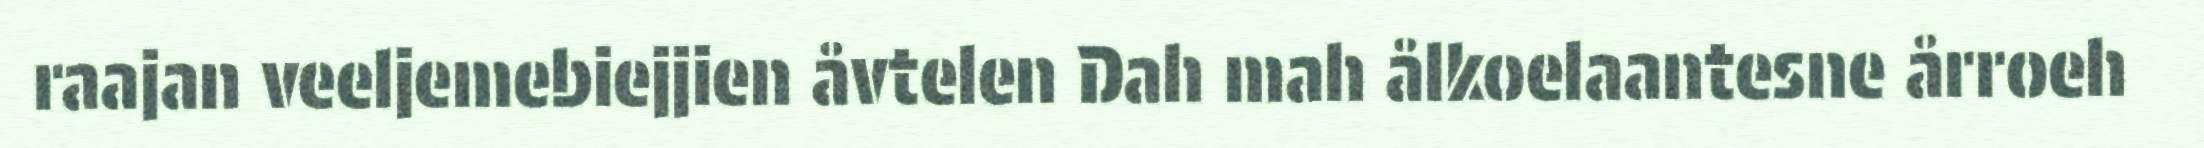
raajan veeljemebiejjien åvtelen Dah mah ålkoelaantesne årroeh